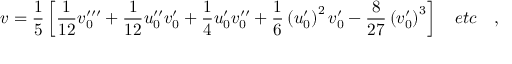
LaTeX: v = \frac { 1 } { 5 } \left[ \frac { 1 } { 1 2 } v _ { 0 } ^ { \prime \prime \prime } + \frac { 1 } { 1 2 } u _ { 0 } ^ { \prime \prime } v _ { 0 } ^ { \prime } + \frac { 1 } { 4 } u _ { 0 } ^ { \prime } v _ { 0 } ^ { \prime \prime } + \frac { 1 } { 6 } \left( u _ { 0 } ^ { \prime } \right) ^ { 2 } v _ { 0 } ^ { \prime } - \frac { 8 } { 2 7 } \left( v _ { 0 } ^ { \prime } \right) ^ { 3 } \right] \quad e t c \quad ,